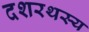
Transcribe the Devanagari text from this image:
दशरथस्य